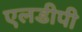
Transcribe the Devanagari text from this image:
एलडीपी